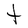
Character: t